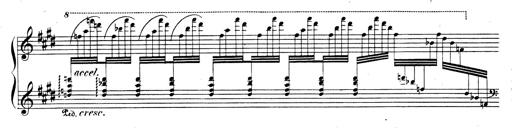
Title: Rhapsodie espagnole
Composer: Franz Liszt